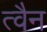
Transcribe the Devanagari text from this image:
त्वैन